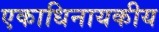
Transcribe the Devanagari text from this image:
एकाधिनायकीय